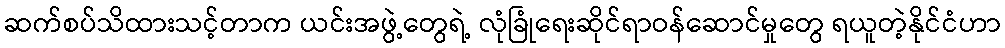
ဆက်စပ်သိထားသင့်တာက ယင်းအဖွဲ့တွေရဲ့ လုံခြုံရေးဆိုင်ရာဝန်ဆောင်မှုတွေ ရယူတဲ့နိုင်ငံဟာ